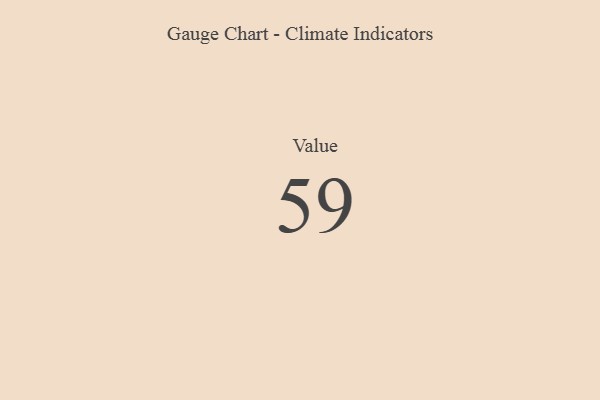
{"axis": {"x": "Metric", "y": "Value"}, "legend": [""], "data": [{"x": "Value", "y": 59, "type": ""}]}